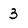
Character: 3